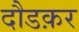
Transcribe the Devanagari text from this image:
दौडक़र